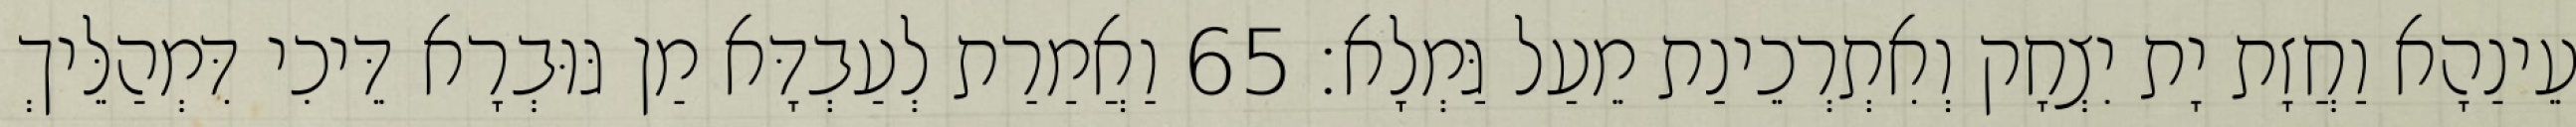
עֵינַהָא וַחֲזָת יָת יִצְחָק וְאִתְרְכֵינַת מֵעַל גַּמְלָא׃ 65 וַאֲמַרַת לְעַבְדָּא מַן גּוּבְרָא דֵּיכִי דִּמְהַלֵּיךְ